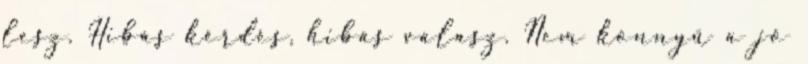
lesz. Hibás kérdés, hibás válasz. Nem könnyű a jó